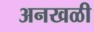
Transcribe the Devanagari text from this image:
अनखळी